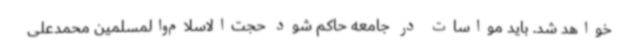
خواهد شد. باید مواسات در جامعه حاکم شود حجت‌الاسلام‌والمسلمین محمدعلی